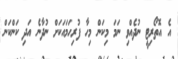
އެ އޮތޯރިޓީ ނުދެއްވި ނަމަ މިކަން މިހާ ފުރިހަމައަކަށް ނުދާނެ އަދި ކަންކަން